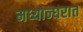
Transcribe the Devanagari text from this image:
मध्यान्घरात